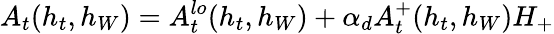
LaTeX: A_{t}(h_{t},h_{W})=A_{t}^{lo}(h_{t},h_{W})+\alpha_{d}A_{t}^{+}(h_{t},h_{W})H_{+}